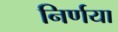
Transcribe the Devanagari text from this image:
निर्णया